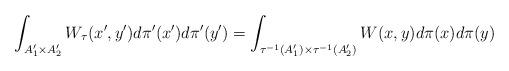
LaTeX: \begin{align*}\int_{A_1'\times A_2'} W_\tau(x',y')d\pi'(x')d\pi'(y')=\int_{\tau^{-1}(A_1')\times\tau^{-1}(A_2')}W(x,y)d\pi(x)d\pi(y)\end{align*}